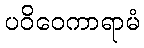
ပဝိဝေကာရာမံ